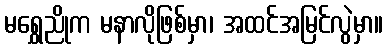
မရွှေညိုက မနာလိုဖြစ်မှာ၊ အထင်အမြင်လွဲမှာ။